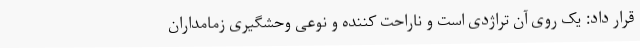
قرار داد: یک روی آن تراژدی است و ناراحت کننده و نوعی وحشگیری زمامداران